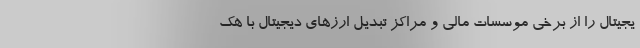
یجیتال را از برخی موسسات مالی و مراکز تبدیل ارزهای دیجیتال با هک